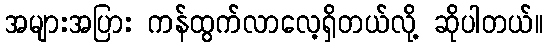
အများအပြား ကန်ထွက်လာလေ့ရှိတယ်လို့ ဆိုပါတယ်။